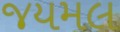
જયમલ